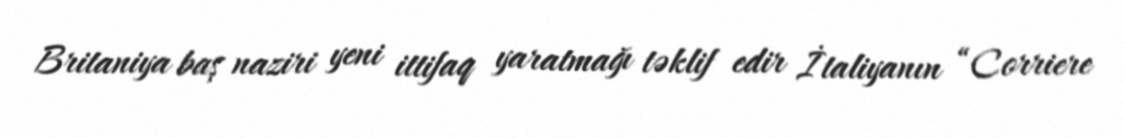
Britaniya baş naziri yeni ittifaq yaratmağı təklif edir İtaliyanın “Corriere